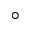
^ \circ